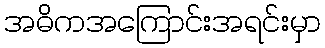
အဓိကအကြောင်းအရင်းမှာ